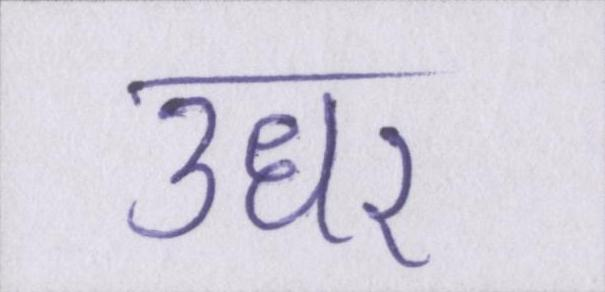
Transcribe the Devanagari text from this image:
उधर